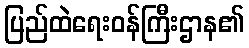
ပြည်ထဲရေးဝန်ကြီးဌာန၏